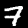
Digit: 7